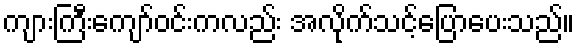
ကျားကြီးကျော်ဝင်းကလည်း အလိုက်သင့်ပြောပေးသည်။